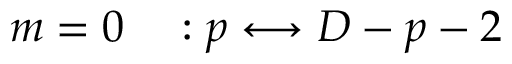
m = 0 \quad : p \longleftrightarrow D - p - 2